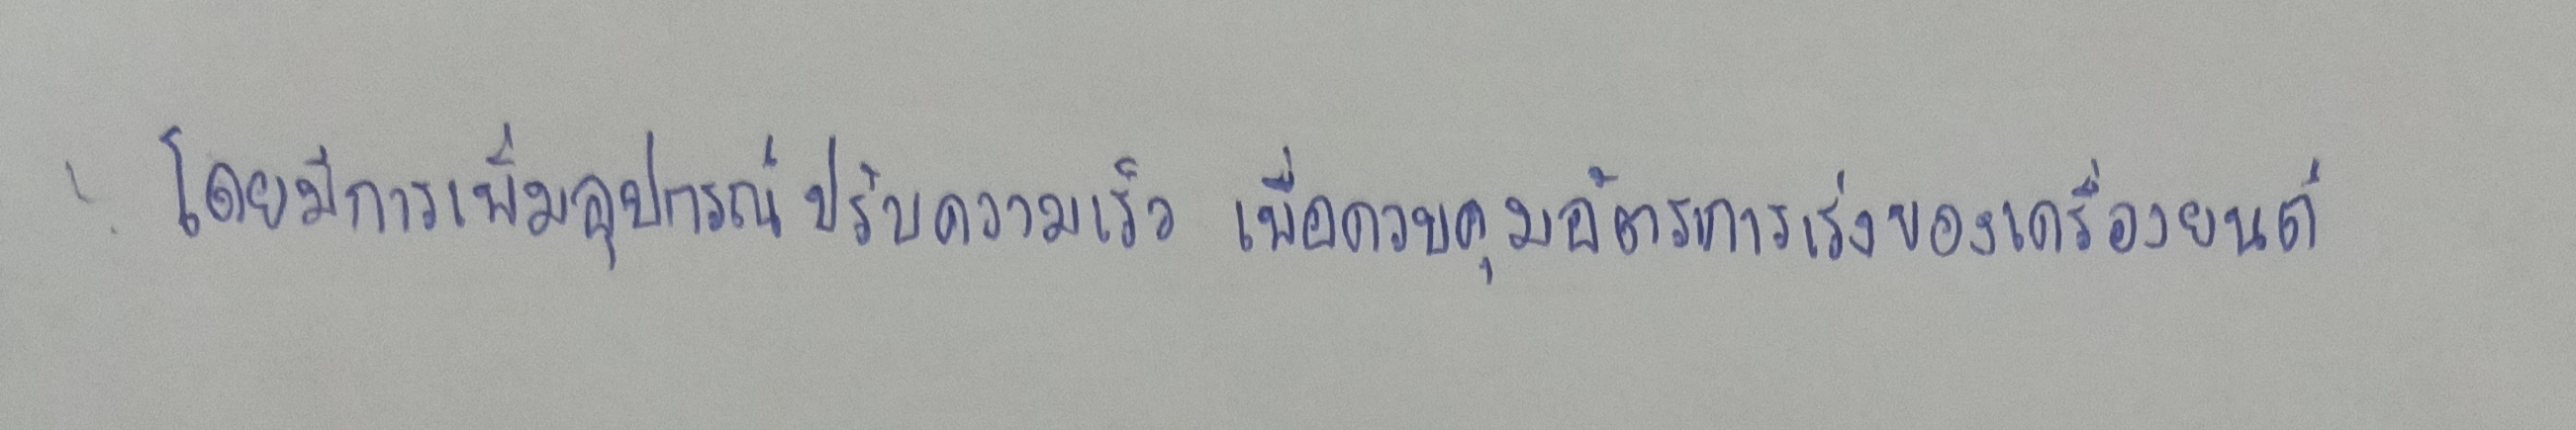
โดยมีการเพิ่มอุปกรณ์ปรับความเร็วเพื่อควบคุมอัตราการเร่งของเครื่องยนต์